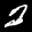
Label: 2